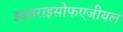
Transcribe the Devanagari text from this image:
इक्ष्तराइसोफएजीयल